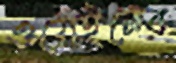
ওয়েইনের